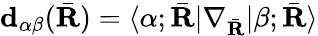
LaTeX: \textbf{d}_{\alpha\beta}(\bar{\textbf{R}})=\langle\alpha;\bar{\textbf{R}}|\nabla_{\bar{\textbf{R}}}|\beta;\bar{\textbf{R}}\rangle